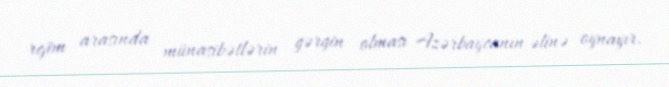
rejim arasında münasibətlərin gərgin olması Azərbaycanın əlinə oynayır.